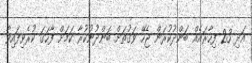
އަދި 23 ފިހާރައެއް ބަންދުކުރަން ޖެހޭ ވަގުތަށް ބަންދުނުކުރާ ކަމަށް ފާހަގަ ކުރެވިފައިވާ